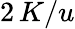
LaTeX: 2\, K/u